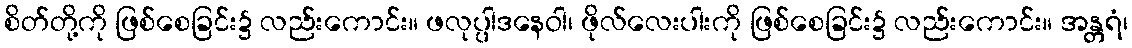
စိတ်တို့ကို ဖြစ်စေခြင်း၌ လည်းကောင်း။ ဖလုပ္ပါဒနေဝါ၊ ဖိုလ်လေးပါးကို ဖြစ်စေခြင်း၌ လည်းကောင်း။ အန္တရံ၊